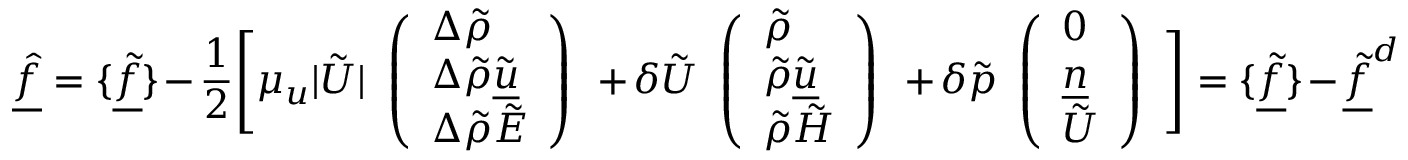
\underline { { \hat { f } } } = \{ \underline { { \tilde { f } } } \} - \frac { 1 } { 2 } \Bigg [ \mu _ { u } | \tilde { U } | \begin{array} { l } { \left( \begin{array} { l } { \Delta \tilde { \rho } } \\ { \Delta \tilde { \rho } \tilde { \underline { { u } } } } \\ { \Delta \tilde { \rho } \tilde { E } } \end{array} \right) } \end{array} + \delta \tilde { U } \begin{array} { l } { \left( \begin{array} { l } { \tilde { \rho } } \\ { \tilde { \rho } \tilde { \underline { { u } } } } \\ { \tilde { \rho } \tilde { H } } \end{array} \right) } \end{array} + \delta \tilde { p } \begin{array} { l } { \left( \begin{array} { l } { 0 } \\ { \underline { { n } } } \\ { \tilde { U } } \end{array} \right) } \end{array} \Bigg ] = \{ \underline { { \tilde { f } } } \} - \underline { { \tilde { f } } } ^ { d }